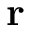
\mathbf { r }